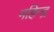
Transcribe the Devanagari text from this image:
महिन्द्र